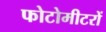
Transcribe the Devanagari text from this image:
फोटोमीटरों